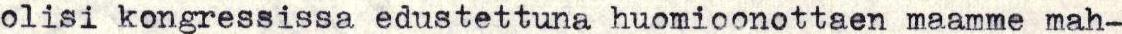
olisi kongressissa edustettuna huomioonottaen maamme mah-